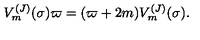
V _ { m } ^ { ( J ) } ( \sigma ) \varpi = ( \varpi + 2 m ) V _ { m } ^ { ( J ) } ( \sigma ) .